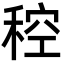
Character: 䅝